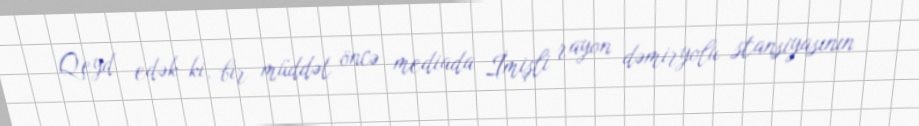
Qeyd edək ki, bir müddət öncə mediada İmişli rayon dəmiryolu stansiyasının